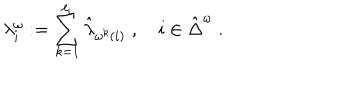
LaTeX: \lambda _ { i } ^ { \omega } : = \sum _ { k = 1 } ^ { \ell _ { i } } \hat { \lambda } _ { \omega ^ { k } ( i ) } \; , \quad i \in \hat { \Delta } ^ { \omega } \; .